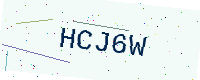
Text: HCJ6W